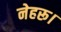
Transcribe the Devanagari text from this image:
नेहरू।